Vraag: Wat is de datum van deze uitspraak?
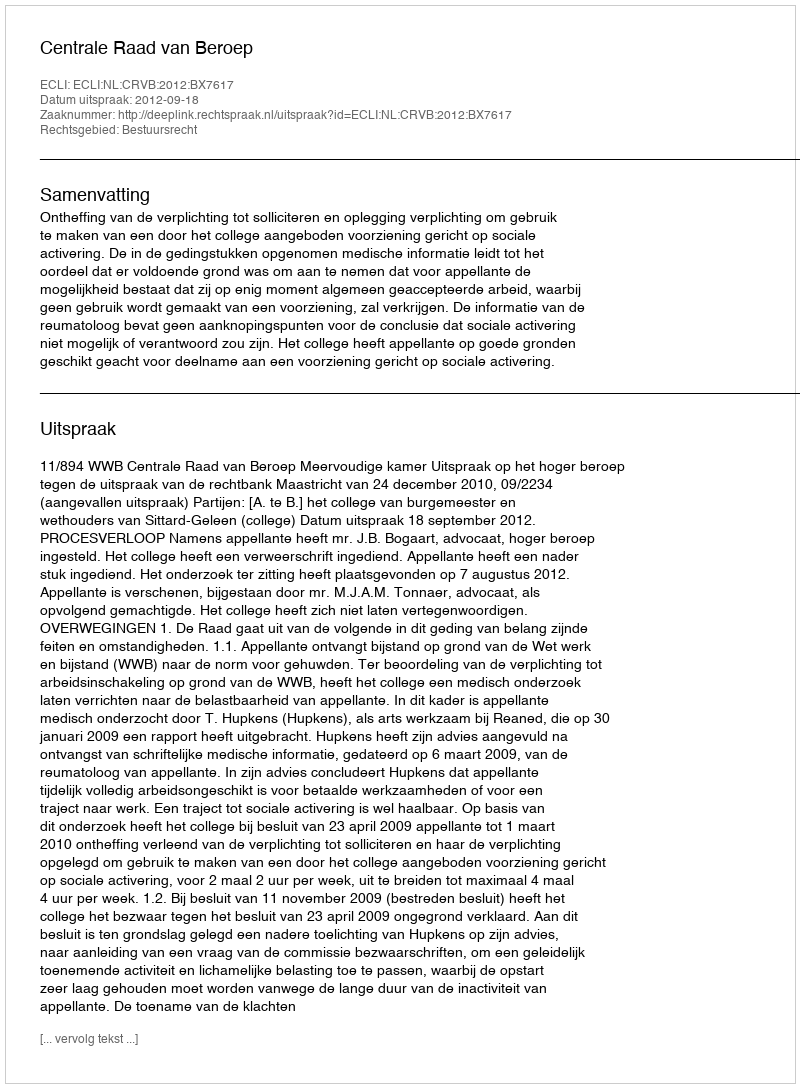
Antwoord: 2012-09-18